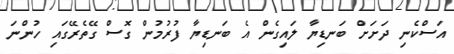
އަސްކެނި ދަށަށް ބަނޑިޔާ ލައިގެން އެ ބަނޑިޔާ ފުރުމުން ގޮސް ގޭތެރޭގައި ހުންނަ